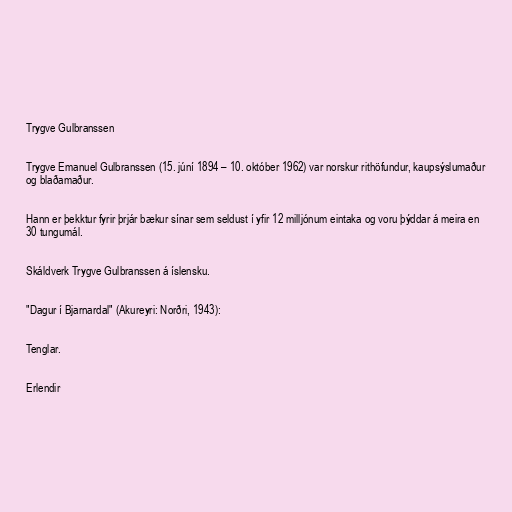
Trygve Gulbranssen

Trygve Emanuel Gulbranssen (15. júní 1894 – 10. október 1962) var norskur rithöfundur, kaupsýslumaður
og blaðamaður.

Hann er þekktur fyrir þrjár bækur sínar sem seldust í yfir 12 milljónum eintaka og voru þýddar á meira en
30 tungumál.

Skáldverk Trygve Gulbranssen á íslensku.

"Dagur í Bjarnardal" (Akureyri: Norðri, 1943):

Tenglar.

Erlendir